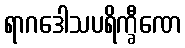
ရာဂဒေါသပရိက္ခီဏေ